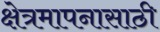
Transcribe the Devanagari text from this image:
क्षेत्रमापनासाठी